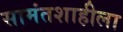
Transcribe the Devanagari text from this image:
सामंतशाहीला